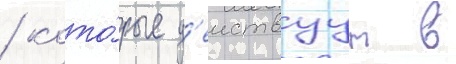
/ кото́рые д'еиствуут в